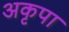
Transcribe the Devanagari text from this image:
अकृपा